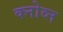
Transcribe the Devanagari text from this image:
क्नोव्न